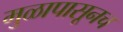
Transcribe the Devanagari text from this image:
मुळापासूनच